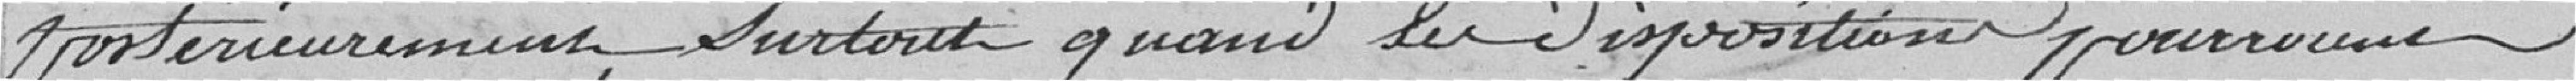
postérieurement surtout quand les dispositions pourraient